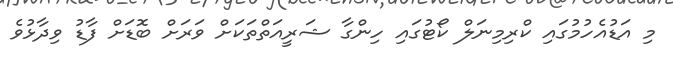
މި އަޑުއެހުމުގައި ކްރިމިނަލް ކޯޓުގައި ހިންގާ ޝަރީއަތްތަކަށް ވަރަށް ބޮޑަށް ފާޑު ވިދާޅުވެ